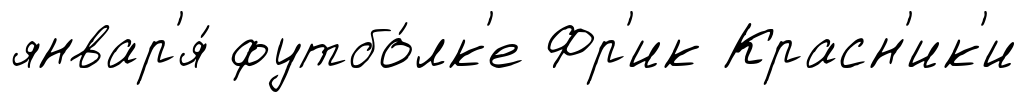
январ'я́ футбо́лк'е Фр'ик Красн'ик'и